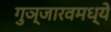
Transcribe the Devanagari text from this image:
गुञ्जारवमध्ये